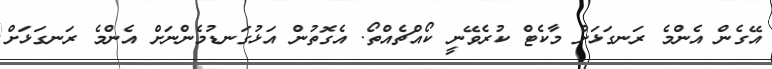
އޭގެން އެންމެ ރަނގަޅަށް މާކެޓް ކުރެވޭނީ ކޯއްޗެއްތޯ. އެގޮތުން އަޅުގަނޑުމެންނަށް އެންމެ ރަނގަޅަށް